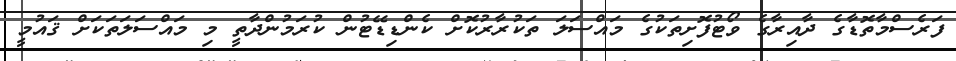
ފަރެސްމާތޮޑާގެ ދާއިރާގެ ވޯޓުފޮށިތަކުގެ މައްސަލަ ތަކުރާރުކޮށް ކެންޑިޑޭޓުން ކުރަމުންދާތީ މި މައްސަލަތަކަށް ޤައުމީ